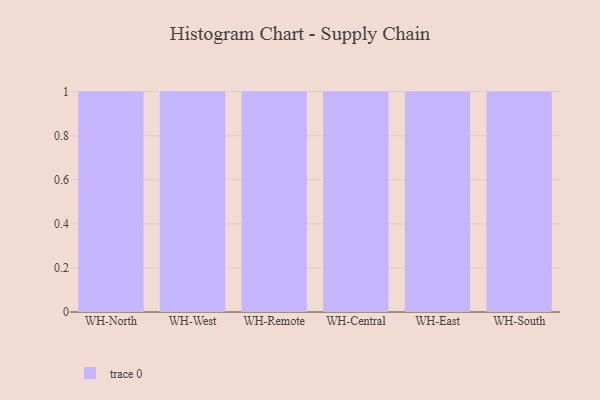
{"axis": {"x": "Warehouse", "y": "Bounce Rate (%)"}, "legend": [""], "data": [{"x": "WH-North", "y": 62, "type": ""}, {"x": "WH-West", "y": 77, "type": ""}, {"x": "WH-Remote", "y": 32, "type": ""}, {"x": "WH-Central", "y": 22, "type": ""}, {"x": "WH-East", "y": 4, "type": ""}, {"x": "WH-South", "y": 33, "type": ""}]}